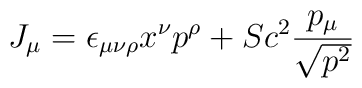
J_\mu=\epsilon_{\mu\nu\rho}x^{\nu}p^\rho+Sc^2\frac{p_{\mu}}{\sqrt{p^2}}